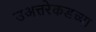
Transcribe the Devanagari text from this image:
उअत्तरेकडच्या